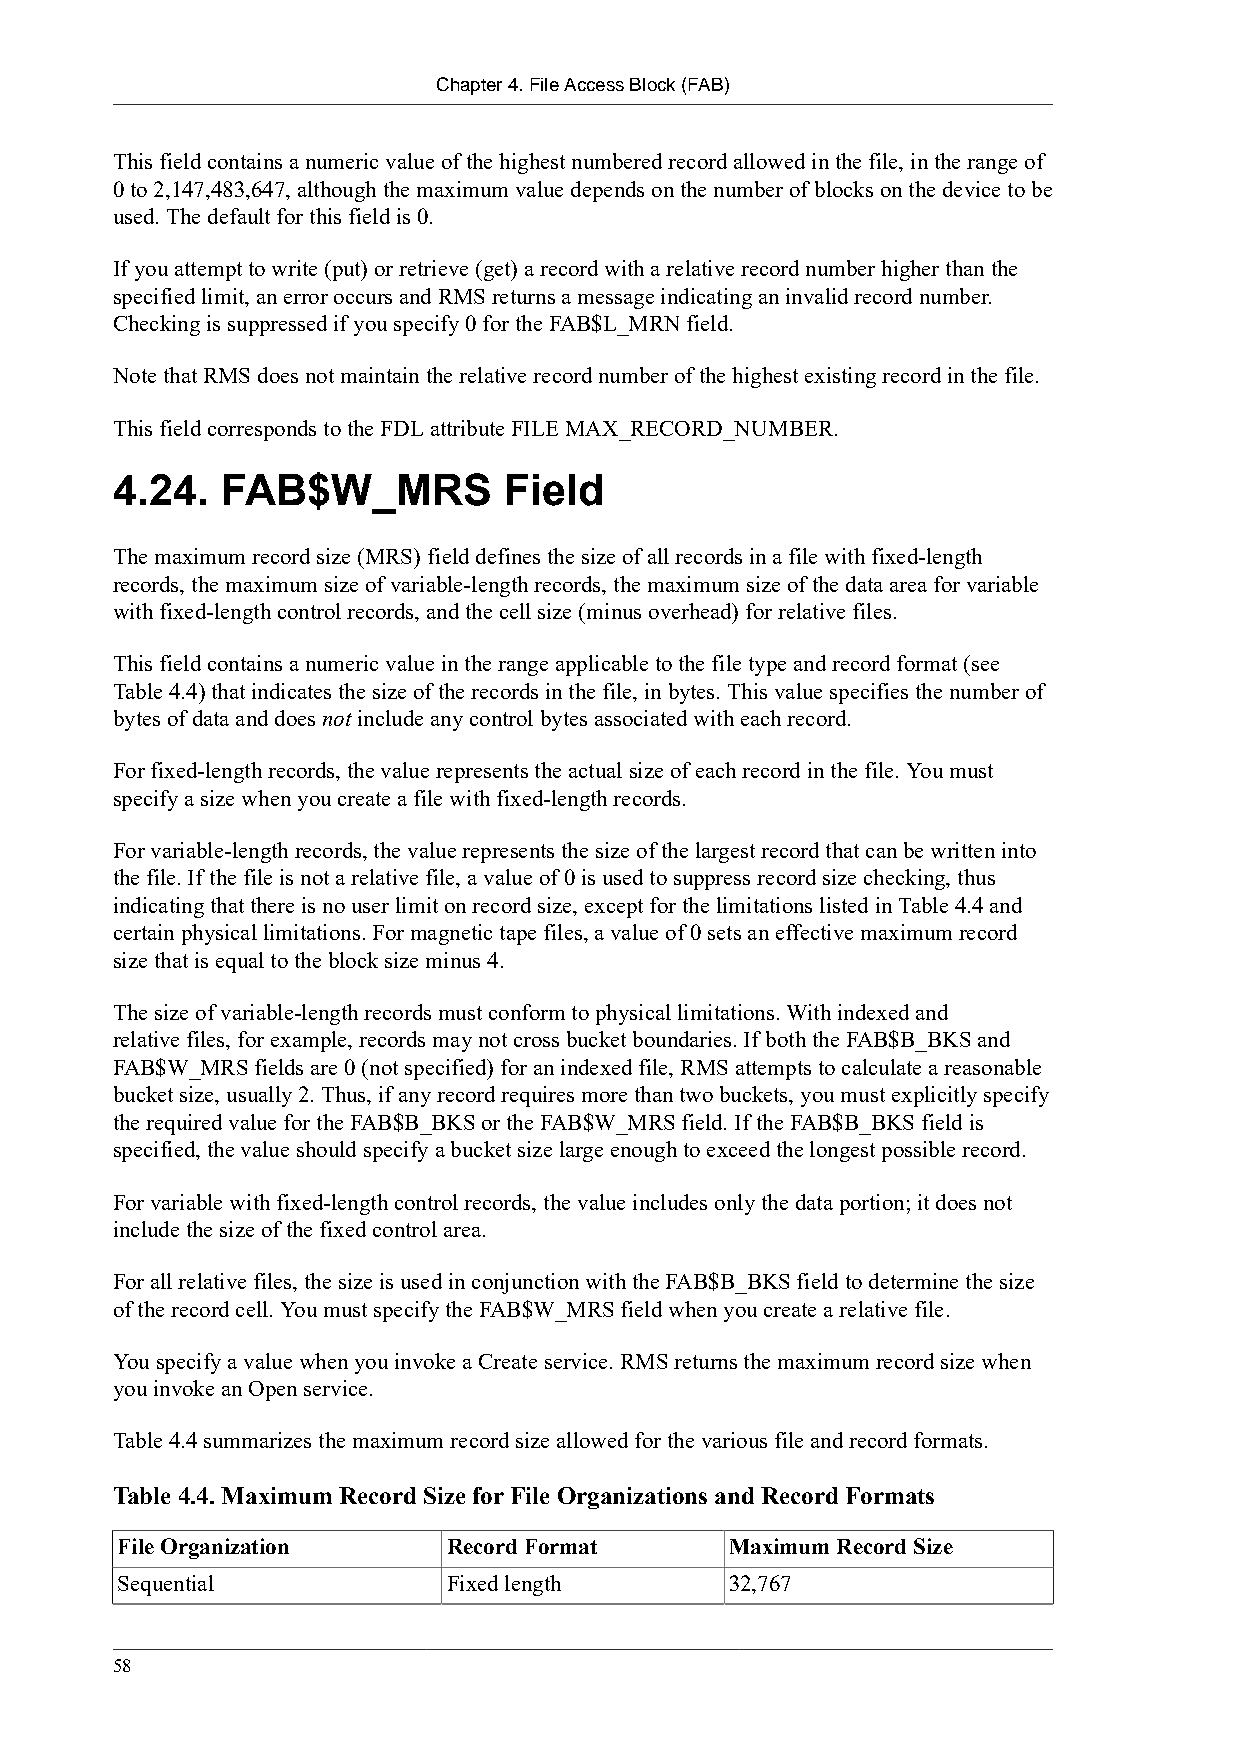
Chapter 4. File Access Block (FAB)
 This field contains a numeric value of the highest numbered record allowed in the file, in the range of
 0 to 2,147,483,647, although the maximum value depends on the number of blocks on the device to be
 used. The default for this field is 0.
 If you attempt to write (put) or retrieve (get) a record with a relative record number higher than the
 specified limit, an error occurs and RMS returns a message indicating an invalid record number.
 Checking is suppressed if you specify 0 for the FAB$L_MRN field.
 Note that RMS does not maintain the relative record number of the highest existing record in the file.
 This field corresponds to the FDL attribute FILE MAX_RECORD_NUMBER.
 4.24.   FAB$W_MRS         Field
 The maximum record size (MRS) field defines the size of all records in a file with fixed-length
 records, the maximum size of variable-length records, the maximum size of the data area for variable
 with fixed-length control records, and the cell size (minus overhead) for relative files.
 This field contains a numeric value in the range applicable to the file type and record format (see
 Table 4.4) that indicates the size of the records in the file, in bytes. This value specifies the number of
 bytes of data and does not include any control bytes associated with each record.
 For fixed-length records, the value represents the actual size of each record in the file. You must
 specify a size when you create a file with fixed-length records.
 For variable-length records, the value represents the size of the largest record that can be written into
 the file. If the file is not a relative file, a value of 0 is used to suppress record size checking, thus
 indicating that there is no user limit on record size, except for the limitations listed in Table 4.4 and
 certain physical limitations. For magnetic tape files, a value of 0 sets an effective maximum record
 size that is equal to the block size minus 4.
 The size of variable-length records must conform to physical limitations. With indexed and
 relative files, for example, records may not cross bucket boundaries. If both the FAB$B_BKS and
 FAB$W_MRS fields are 0 (not specified) for an indexed file, RMS attempts to calculate a reasonable
 bucket size, usually 2. Thus, if any record requires more than two buckets, you must explicitly specify
 the required value for the FAB$B_BKS or the FAB$W_MRS field. If the FAB$B_BKS field is
 specified, the value should specify a bucket size large enough to exceed the longest possible record.
 For variable with fixed-length control records, the value includes only the data portion; it does not
 include the size of the fixed control area.
 For all relative files, the size is used in conjunction with the FAB$B_BKS field to determine the size
 of the record cell. You must specify the FAB$W_MRS field when you create a relative file.
 You specify a value when you invoke a Create service. RMS returns the maximum record size when
 you invoke an Open service.
 Table 4.4 summarizes the maximum record size allowed for the various file and record formats.
 Table 4.4. Maximum Record Size for File Organizations and Record Formats
 File Organization     Record Format     Maximum Record Size
 Sequential            Fixed length      32,767
 58